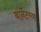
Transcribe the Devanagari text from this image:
बार्नेटच्या